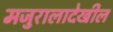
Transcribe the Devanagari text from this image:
मजुरालादेखील